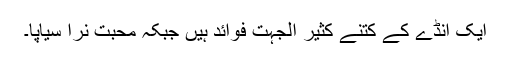
ایک انڈے کے کتنے کثیر الجہت فوائد ہیں جبکہ محبت نرا سیاپا۔